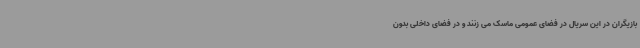
بازیگران در این سریال در فضای عمومی ماسک می زنند و در فضای داخلی بدون